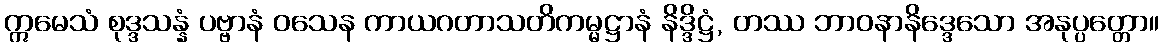
ဣမေသံ စုဒ္ဒသန္နံ ပဗ္ဗာနံ ဝသေန ကာယဂတာသတိကမ္မဋ္ဌာနံ နိဒ္ဒိဋ္ဌံ, တဿ ဘာဝနာနိဒ္ဒေသော အနုပ္ပတ္တော။